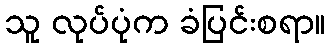
သူ လုပ်ပုံက ခံပြင်းစရာ။